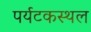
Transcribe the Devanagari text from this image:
पर्यटकस्थल